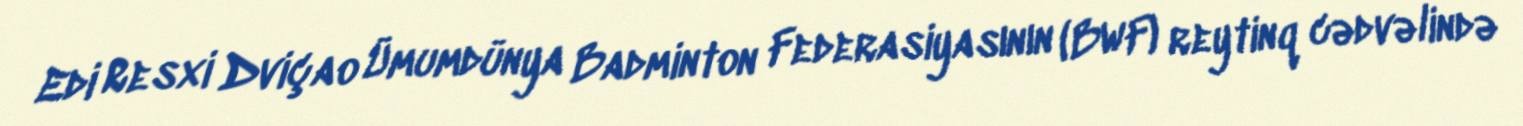
Edi Resxi Dviçao Ümumdünya Badminton Federasiyasının (BWF) reytinq cədvəlində